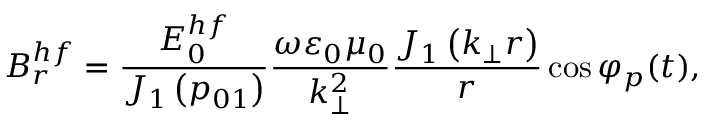
B _ { r } ^ { h f } = \frac { E _ { 0 } ^ { h f } } { J _ { 1 } \left( p _ { 0 1 } \right) } \frac { \omega \varepsilon _ { 0 } \mu _ { 0 } } { k _ { \perp } ^ { 2 } } \frac { J _ { 1 } \left( k _ { \perp } r \right) } { r } \cos \varphi _ { p } ( t ) ,